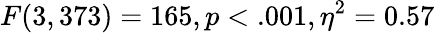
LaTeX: F(3,373)=165,p<.001,\eta^{2}=0.57